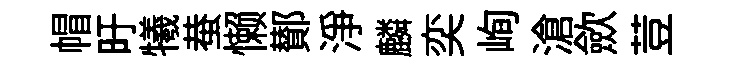
帽旴犧蛬懒鄼浄麟奕峋滄歛荳